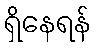
ရှိနေရန်